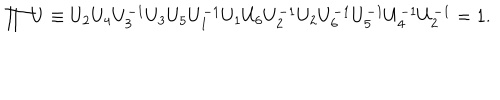
LaTeX: \prod U \equiv U _ { 2 } U _ { 4 } U _ { 3 } ^ { - 1 } U _ { 3 } U _ { 5 } U _ { 1 } ^ { - 1 } U _ { 1 } U _ { 6 } U _ { 2 } ^ { - 1 } U _ { 2 } U _ { 6 } ^ { - 1 } U _ { 5 } ^ { - 1 } U _ { 4 } ^ { - 1 } U _ { 2 } ^ { - 1 } = 1 .